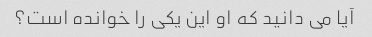
آیا می دانید که او این یکی را خوانده است؟